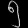
Digit: ၅